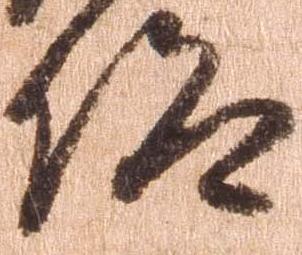
仰